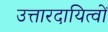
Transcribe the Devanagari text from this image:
उत्तारदायित्वों